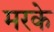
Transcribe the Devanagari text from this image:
मरके